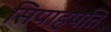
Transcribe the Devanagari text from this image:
सिपाहपति